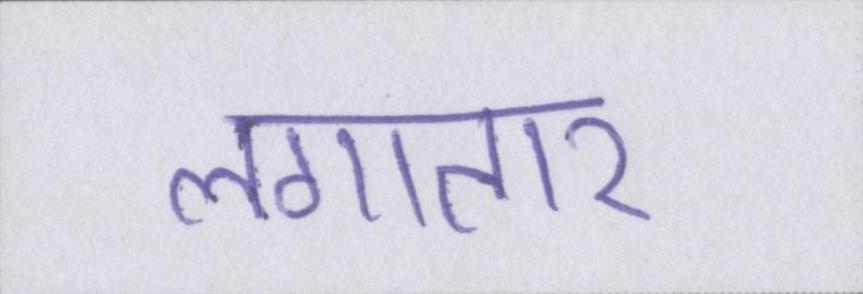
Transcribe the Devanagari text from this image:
लगातार